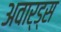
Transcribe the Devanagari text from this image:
अवार्ड्स